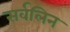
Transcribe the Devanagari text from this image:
सर्वलिन